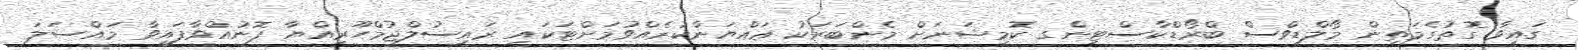
ގައިވާ ގޮތުގެމަތިން މޯލްޑިވްސް ބްރޯޑްކާސްޓިންގ ކޮމިޝަނަށް މެންބަރަކު ޢައްޔަންކުރެއްވުމަށްޓަކައި ރައީސުލްޖުމްހޫރިއްޔާ ފޮނުއްވާފައިވާ މައްސަލަ